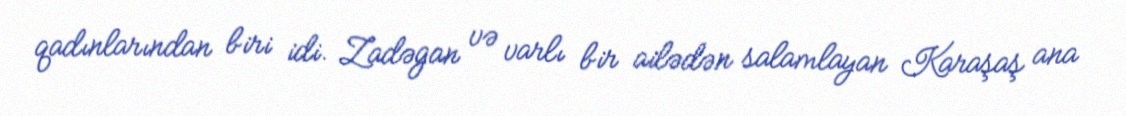
qadınlarından biri idi. Zadəgan və varlı bir ailədən salamlayan Karaşaş ana